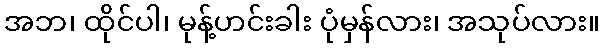
အဘ၊ ထိုင်ပါ၊ မုန့်ဟင်းခါး ပုံမှန်လား၊ အသုပ်လား။